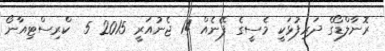
ރޮނާލްޑޯގެ ދަރިފުޅަކީ މެސީގެ ފޭނެއް 14 ޖެނުއަރީ 2015 5  ކްރިސްޓިއާނޯ